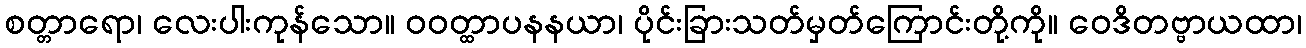
စတ္တာရော၊ လေးပါးကုန်သော။ ဝဝတ္ထာပနနယာ၊ ပိုင်းခြားသတ်မှတ်ကြောင်းတို့ကို။ ဝေဒိတဗ္ဗာယထာ၊